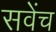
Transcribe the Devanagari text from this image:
सवेंच